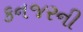
કનજરની